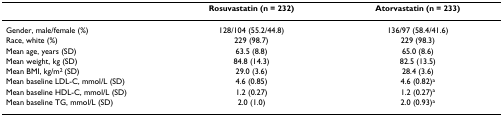
<table><thead><tr><td></td><td><b>Rosuvastatin (n = 232)</b></td><td><b>Atorvastatin (n = 233)</b></td></tr></thead><tbody><tr><td>Gender, male/female (%)</td><td>128/104 (55.2/44.8)</td><td>136/97 (58.4/41.6)</td></tr><tr><td>Race, white (%)</td><td>229 (98.7)</td><td>229 (98.3)</td></tr><tr><td>Mean age, years (SD)</td><td>63.5 (8.8)</td><td>65.0 (8.6)</td></tr><tr><td>Mean weight, kg (SD)</td><td>84.8 (14.3)</td><td>82.5 (13.5)</td></tr><tr><td>Mean BMI, kg/m<sup>2 </sup>(SD)</td><td>29.0 (3.6)</td><td>28.4 (3.6)</td></tr><tr><td>Mean baseline LDL-C, mmol/L (SD)</td><td>4.6 (0.85)</td><td>4.6 (0.82)<sup>a</sup></td></tr><tr><td>Mean baseline HDL-C, mmol/L (SD)</td><td>1.2 (0.27)</td><td>1.2 (0.27)<sup>a</sup></td></tr><tr><td>Mean baseline TG, mmol/L (SD)</td><td>2.0 (1.0)</td><td>2.0 (0.93)<sup>a</sup></td></tr></tbody></table>